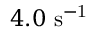
4 . 0 ~ \mathrm { s ^ { - 1 } }